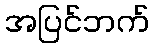
အပြင်ဘက်